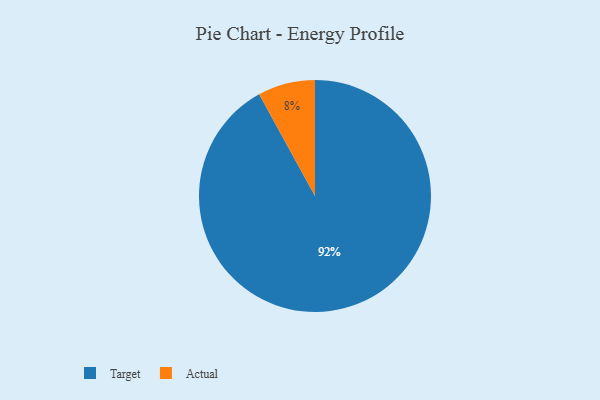
{"axis": {"x": "Category", "y": "Percentage"}, "legend": ["Actual", "Target"], "data": [{"x": "Target", "y": 92, "type": "Target"}, {"x": "Actual", "y": 8, "type": "Actual"}]}